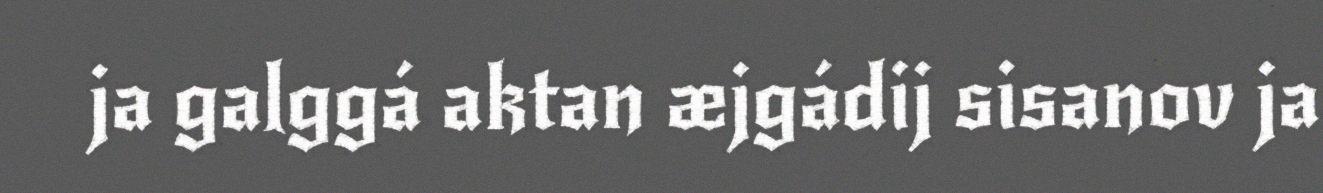
ja galggá aktan æjgádij sisanov ja